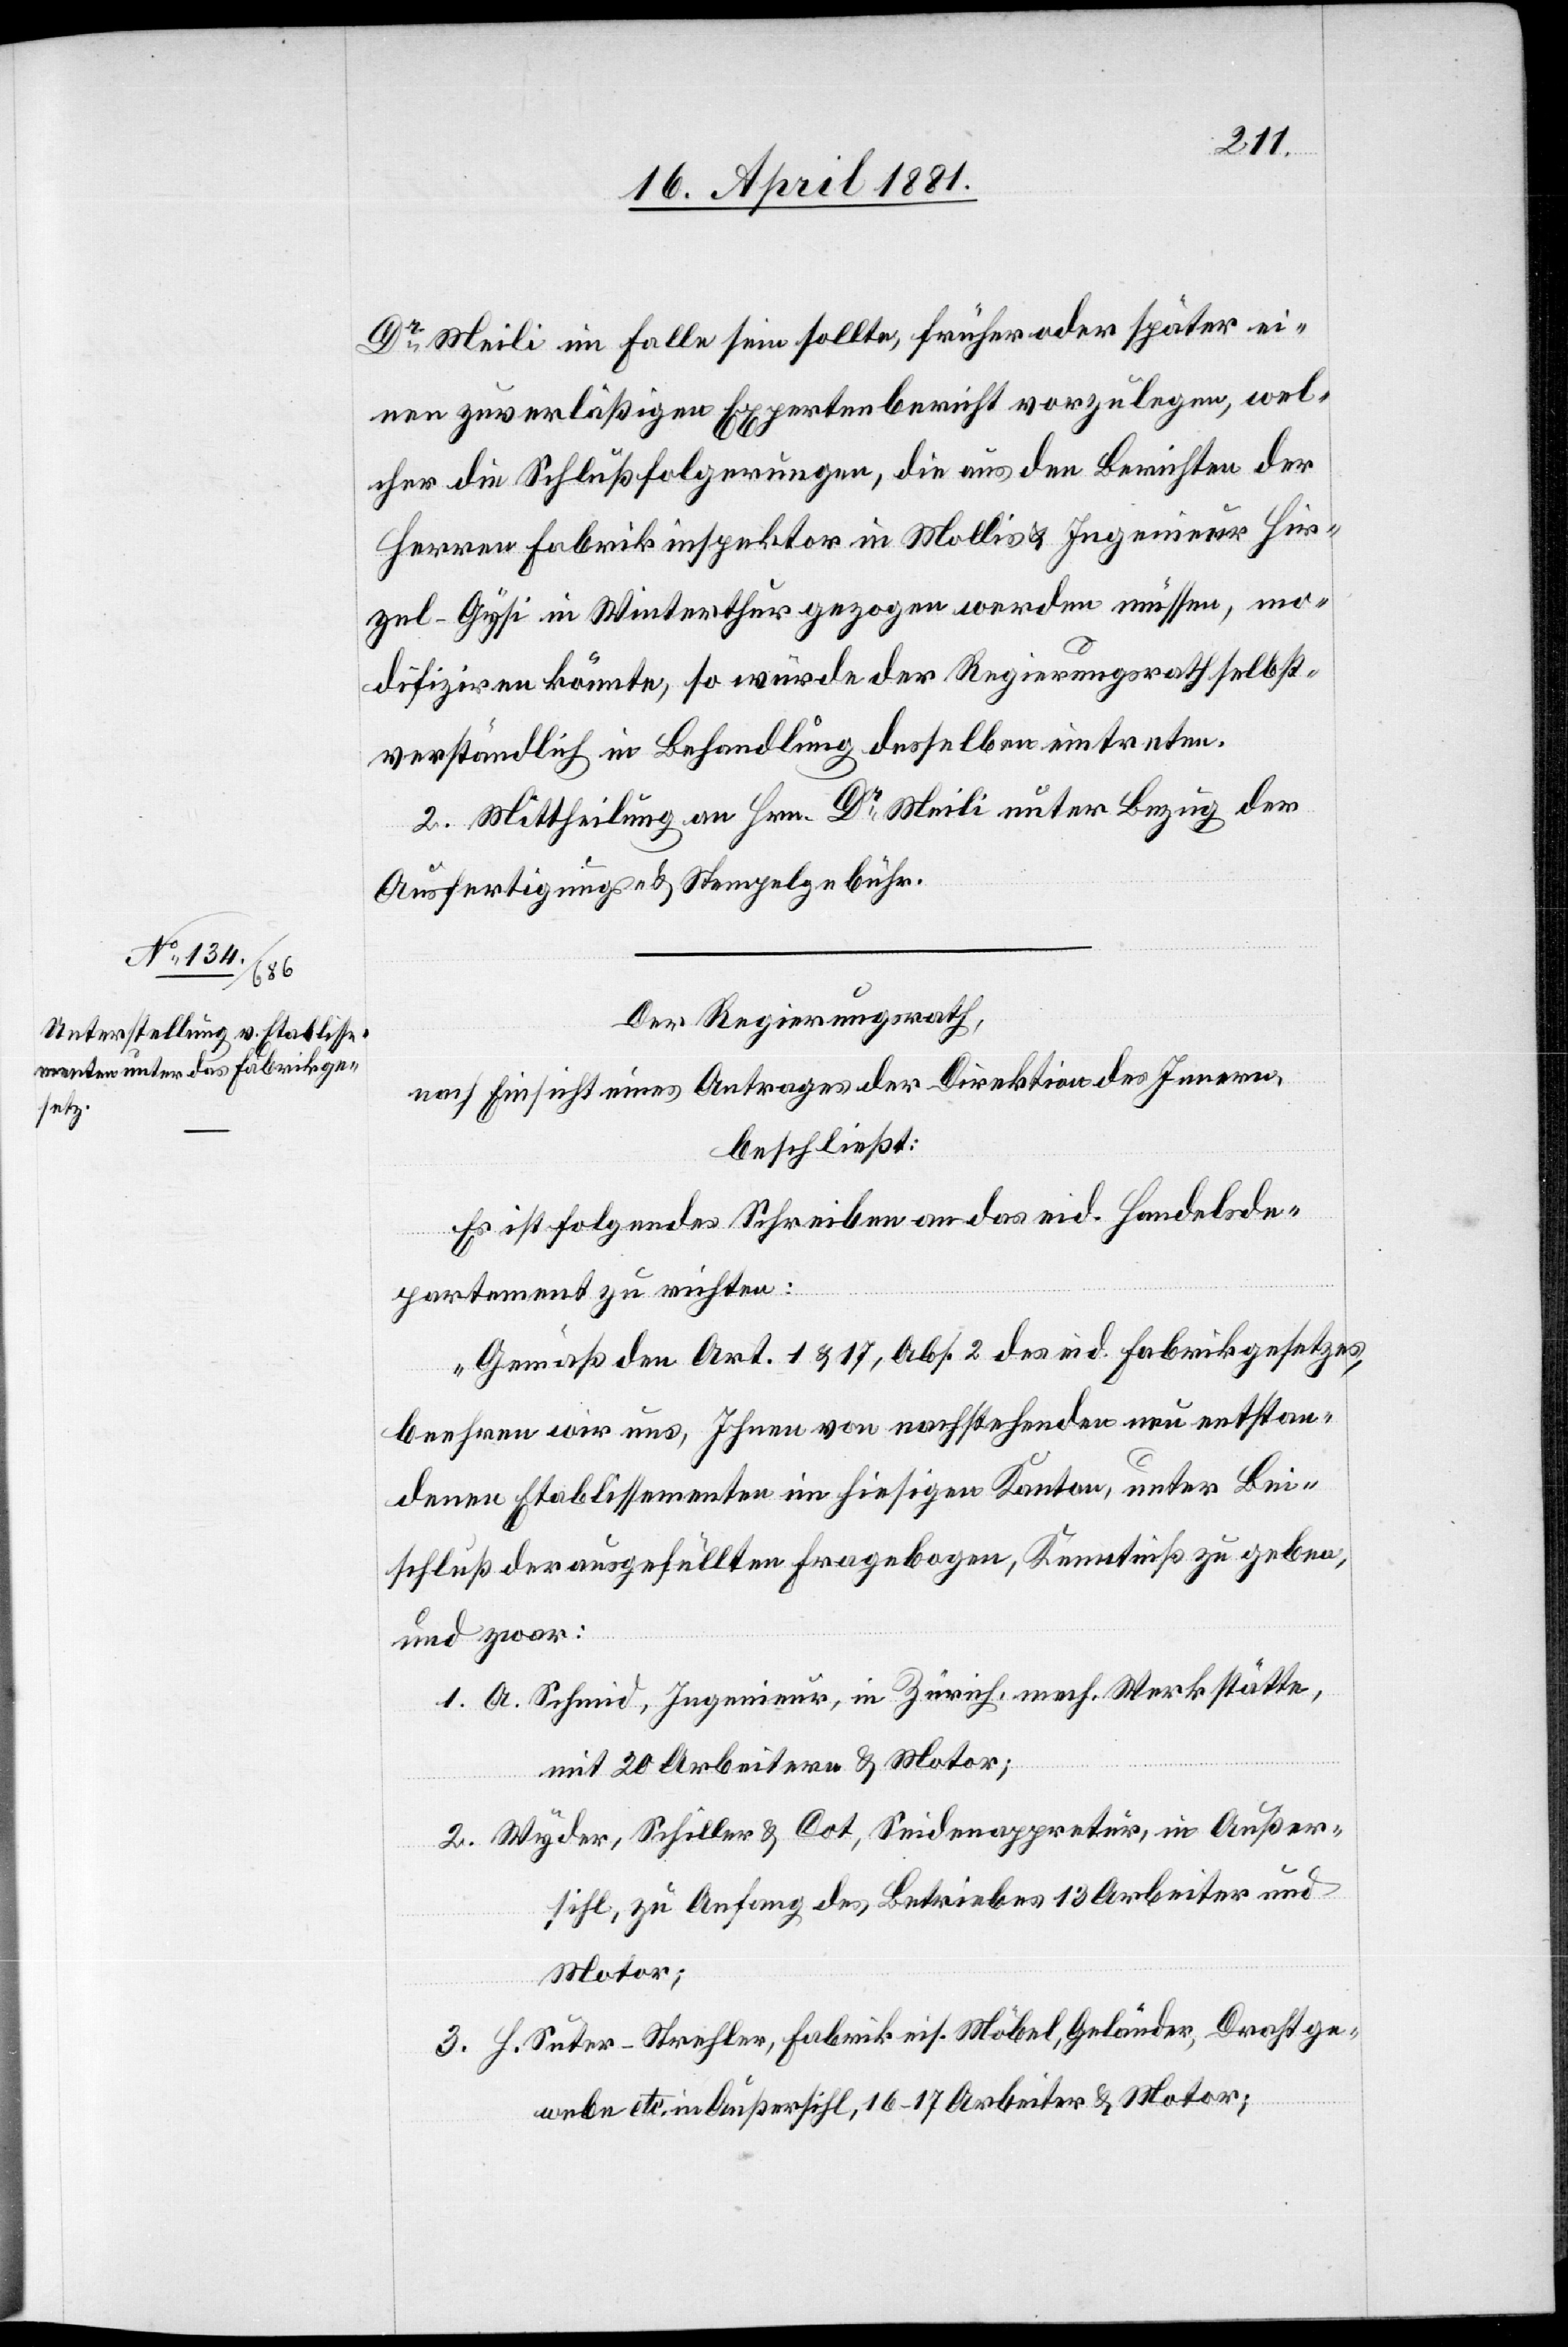
Dr Meili im Falle sein sollte, früher oder später ei¬
nen zuverläßigen Expertenbericht vorzulegen, wel¬
cher die Schlußfolgerungen, die aus den Berichten der
Herren Fabrikinspektor in Mollis & Ingenieur Hir¬
zel-Gysi in Winterthur gezogen werden müssen, mo¬
difiziren könnte, so würde der Regierungsrath selbst¬
verständlich in Behandlung desselben eintreten.
2. Mittheilung an Hrn. Dr Meili unter Bezug der
Ausfertigungs- & Stempelgebühren.
Der Regierungsrath,
nach Einsicht eines Antrages der Direktion des Innern,
beschließt:
Es ist folgendes Schreiben an das Handelsde¬
partement zu richten:
„Gemäß den Art. 1 & 17, Abs. 2 des eid. Fabrikgesetzes,
beehren wir uns, Ihnen von nachstehenden neuentstan¬
denen Etablissementen im hiesigen Kanton, unter Be¬
schluß der ausgefüllten Fragebogen, Kenntniß zu geben,
und zwar:
1. A. Schmid, Ingenieur, in Zürich, mech. Werkstätte,
mit 20 Arbeitern & Motor;
2. Wyder, Schiller & Cot, Seidenappretur, in Außer¬
sihl, zu Anfang des Betriebes 13 Arbeiter und
Motor,
3. H. Suter-Strehler, Fabrik eis. Möbel, Geländer, Drahtge¬
webe etc. in Außersihl, 16–17 Arbeiter & Motor;